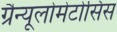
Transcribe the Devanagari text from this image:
ग्रैन्यूलोमेटोसिस